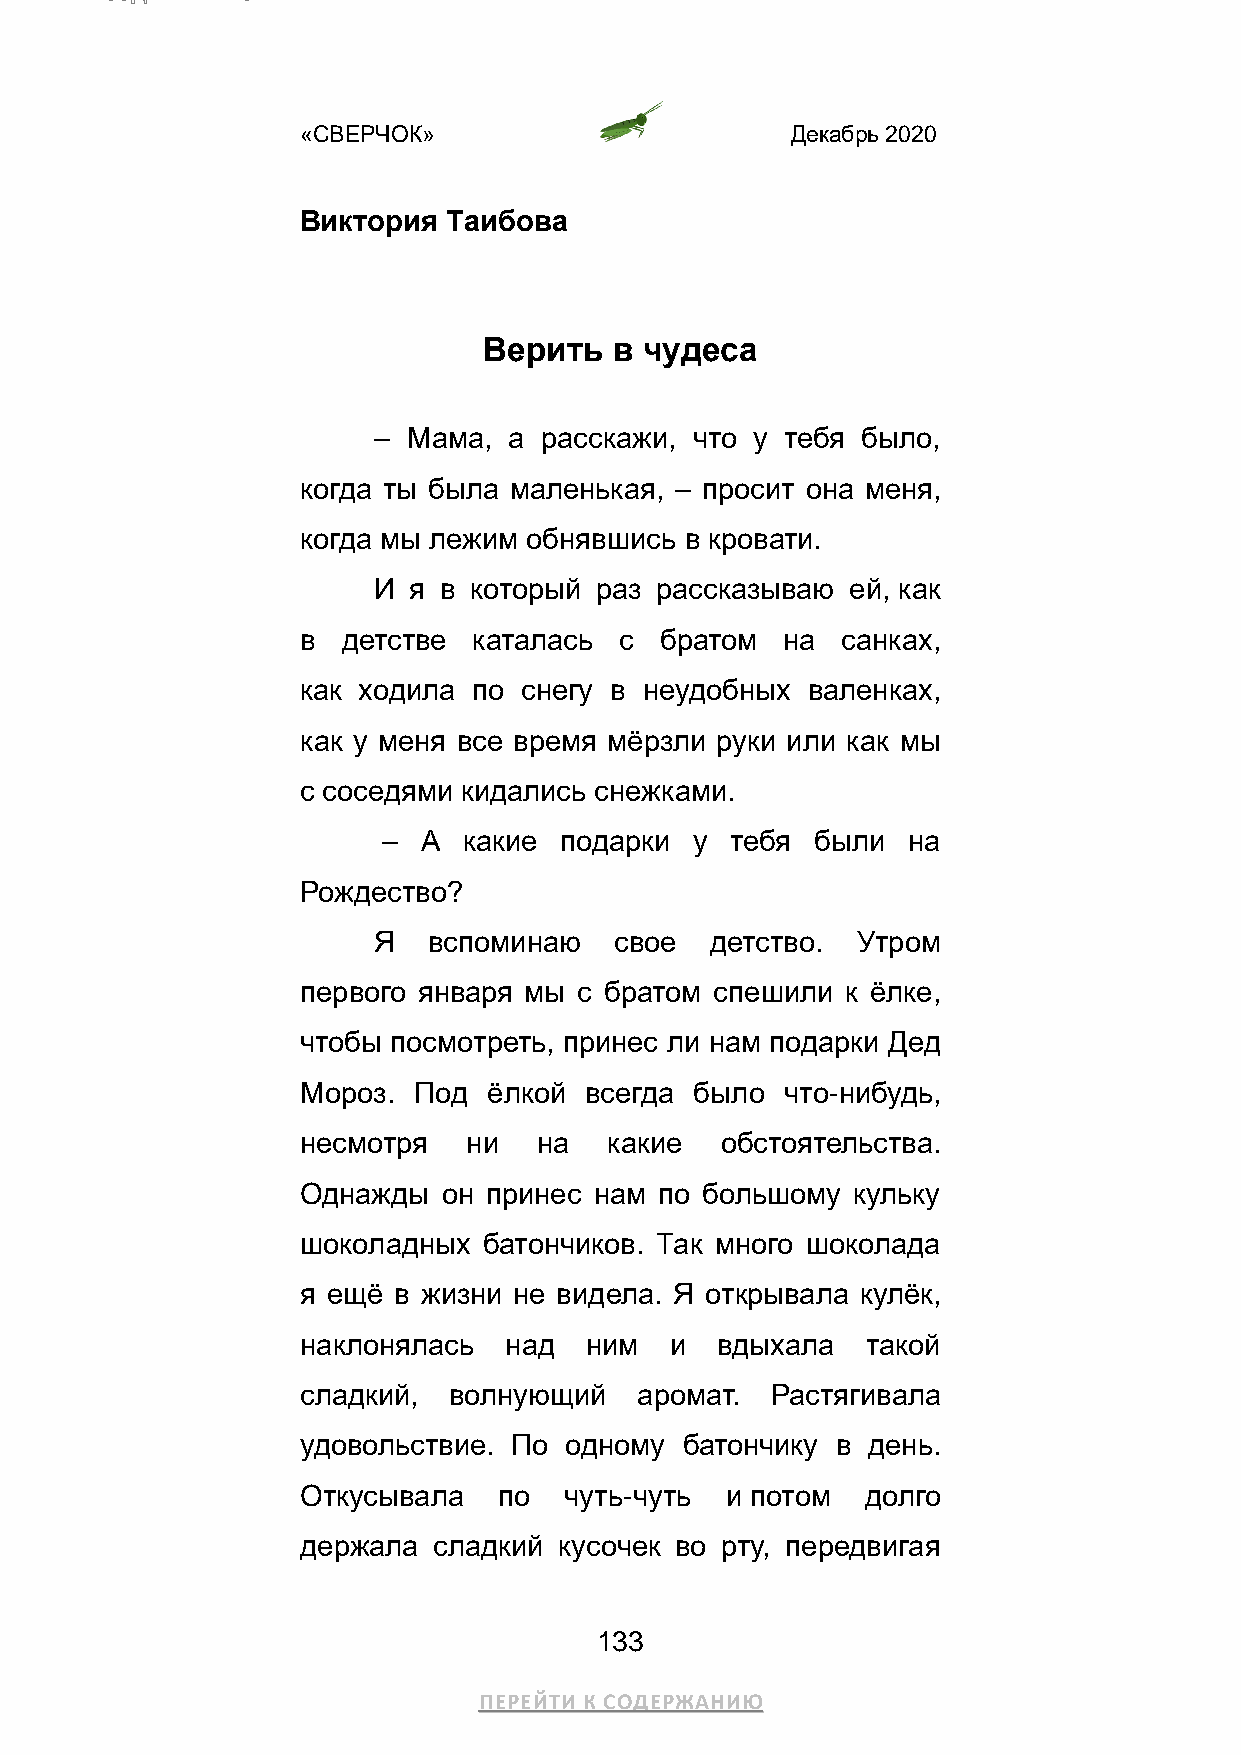
«СВЕРЧОК»                       Декабрь 2020
 Виктория  Таибова
 Верить   в чудеса
 – Мама,  а расскажи, что у тебя было,
 когда ты была маленькая, – просит она меня,
 когда мы лежим обнявшись в кровати.
 И я в который раз рассказываю  ей, как
 в  детстве каталась  с  братом  на  санках,
 как ходила по  снегу в неудобных валенках,
 как у меня все время мёрзли руки или как мы
 с соседями кидались снежками.
 –  А  какие подарки  у тебя  были  на
 Рождество?
 Я  вспоминаю    свое  детство.  Утром
 первого января мы с братом спешили  к ёлке,
 чтобы посмотреть, принес ли нам подарки Дед
 Мороз. Под  ёлкой  всегда было  что-нибудь,
 несмотря   ни   на  какие   обстоятельства.
 Однажды  он принес нам  по большому кульку
 шоколадных  батончиков. Так много шоколада
 я ещё в жизни не видела. Я открывала кулёк,
 наклонялась  над   ним  и  вдыхала   такой
 сладкий,  волнующий   аромат.  Растягивала
 удовольствие. По одному  батончику в день.
 Откусывала   по  чуть-чуть  и потом  долго
 держала  сладкий кусочек во рту, передвигая
 133
 ПЕРЕЙТИ К СОДЕРЖАНИЮ